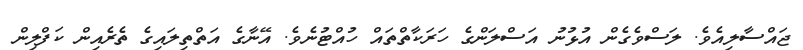
ޖައްސާލިއެވެ. ލަސްވެގެން އުޅުނު އަސްލަންގެ ހަރަކާތްތައް ހުއްޓުނެވެ. އޭނާގެ އަތްތިލައިގެ ތެރެއިން ކަފްލިން